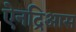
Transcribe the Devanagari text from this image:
ऐनद्रिआस